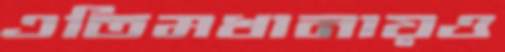
এতিমখানায়ও